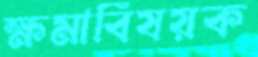
ক্ষমাবিষয়ক